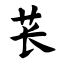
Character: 苌